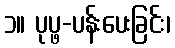
၁။ ပုပ္ဖ-ပန်းပေးခြင်း၊